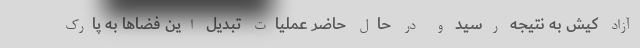
آزاد کیش به نتیجه رسید و در حال حاضر عملیات تبدیل این فضاها به پارک